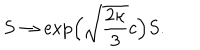
LaTeX: S \to \exp \! \Big ( \sqrt { \frac { 2 \kappa } { 3 } } c \Big ) S .